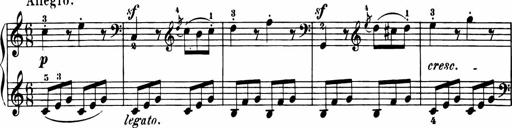
Title: 11 Sonatinas for Piano Solo
Composer: Anton Diabelli